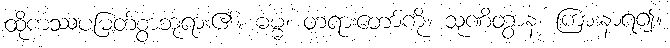
ထိုကဿပမြတ်စွာဘုရား၏။ ဓမ္မံ၊ တရားတော်ကို။ သုဏိတွာန၊ ကြားနာရ၍။